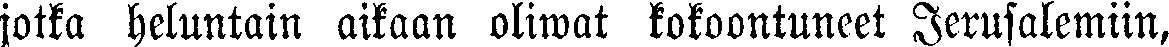
jotka heluntain aikaan oliwat kokoontuneet Jerusalemiin,